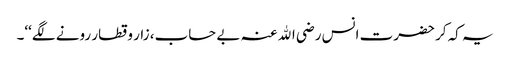
یہ کہ کر حضرت انس رضی اﷲ عنہ بے حساب، زار و قطار رونے لگے‘‘۔